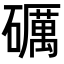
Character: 礪